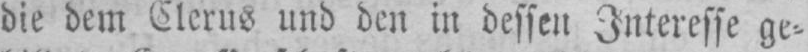
die dem Clerus und den in dessen Interesse ge⸗